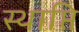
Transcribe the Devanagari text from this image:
स्थाप्ति